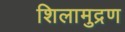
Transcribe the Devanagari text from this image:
शिलामुद्रण